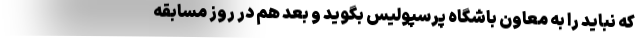
که نباید را به معاون باشگاه پرسپولیس بگوید و بعد هم در روز مسابقه